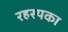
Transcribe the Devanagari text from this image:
रहस्यका